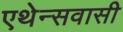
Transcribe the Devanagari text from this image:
एथेन्सवासी